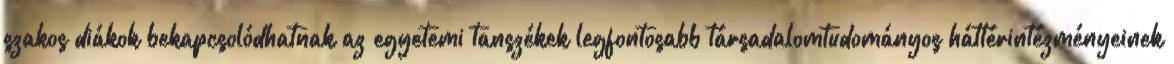
szakos diákok bekapcsolódhatnak az egyetemi tanszékek legfontosabb társadalomtudományos háttérintézményeinek